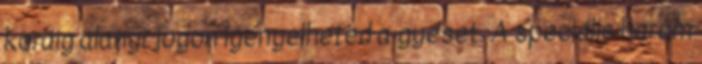
koráig alanyi jogon igényelheted a gyeset. A speciális három